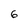
Character: 6